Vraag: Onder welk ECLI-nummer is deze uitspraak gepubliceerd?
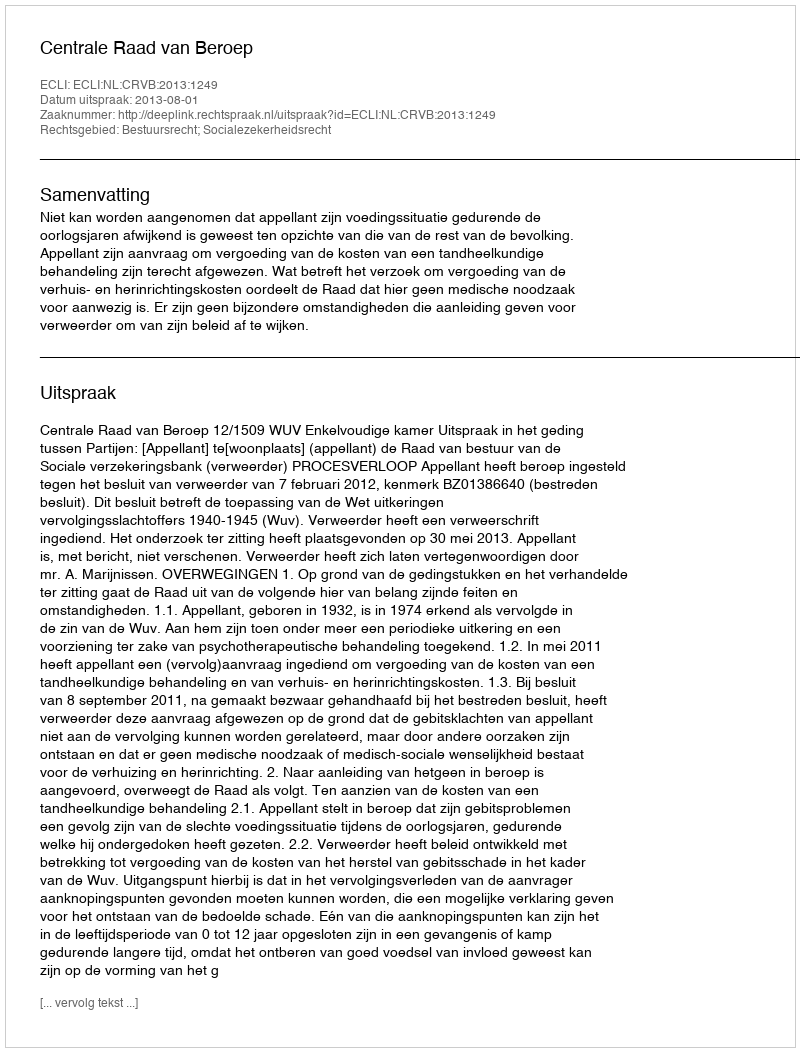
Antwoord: ECLI:NL:CRVB:2013:1249